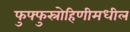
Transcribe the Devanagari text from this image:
फुफ्फुस्रोहिणीमधील